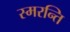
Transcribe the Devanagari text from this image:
स्मरन्ति